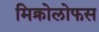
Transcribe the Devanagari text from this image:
मिक्रोलोफस